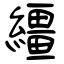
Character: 繮